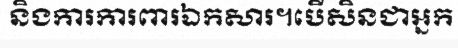
និងការការពារឯកសារ។បើសិនជាអ្នក